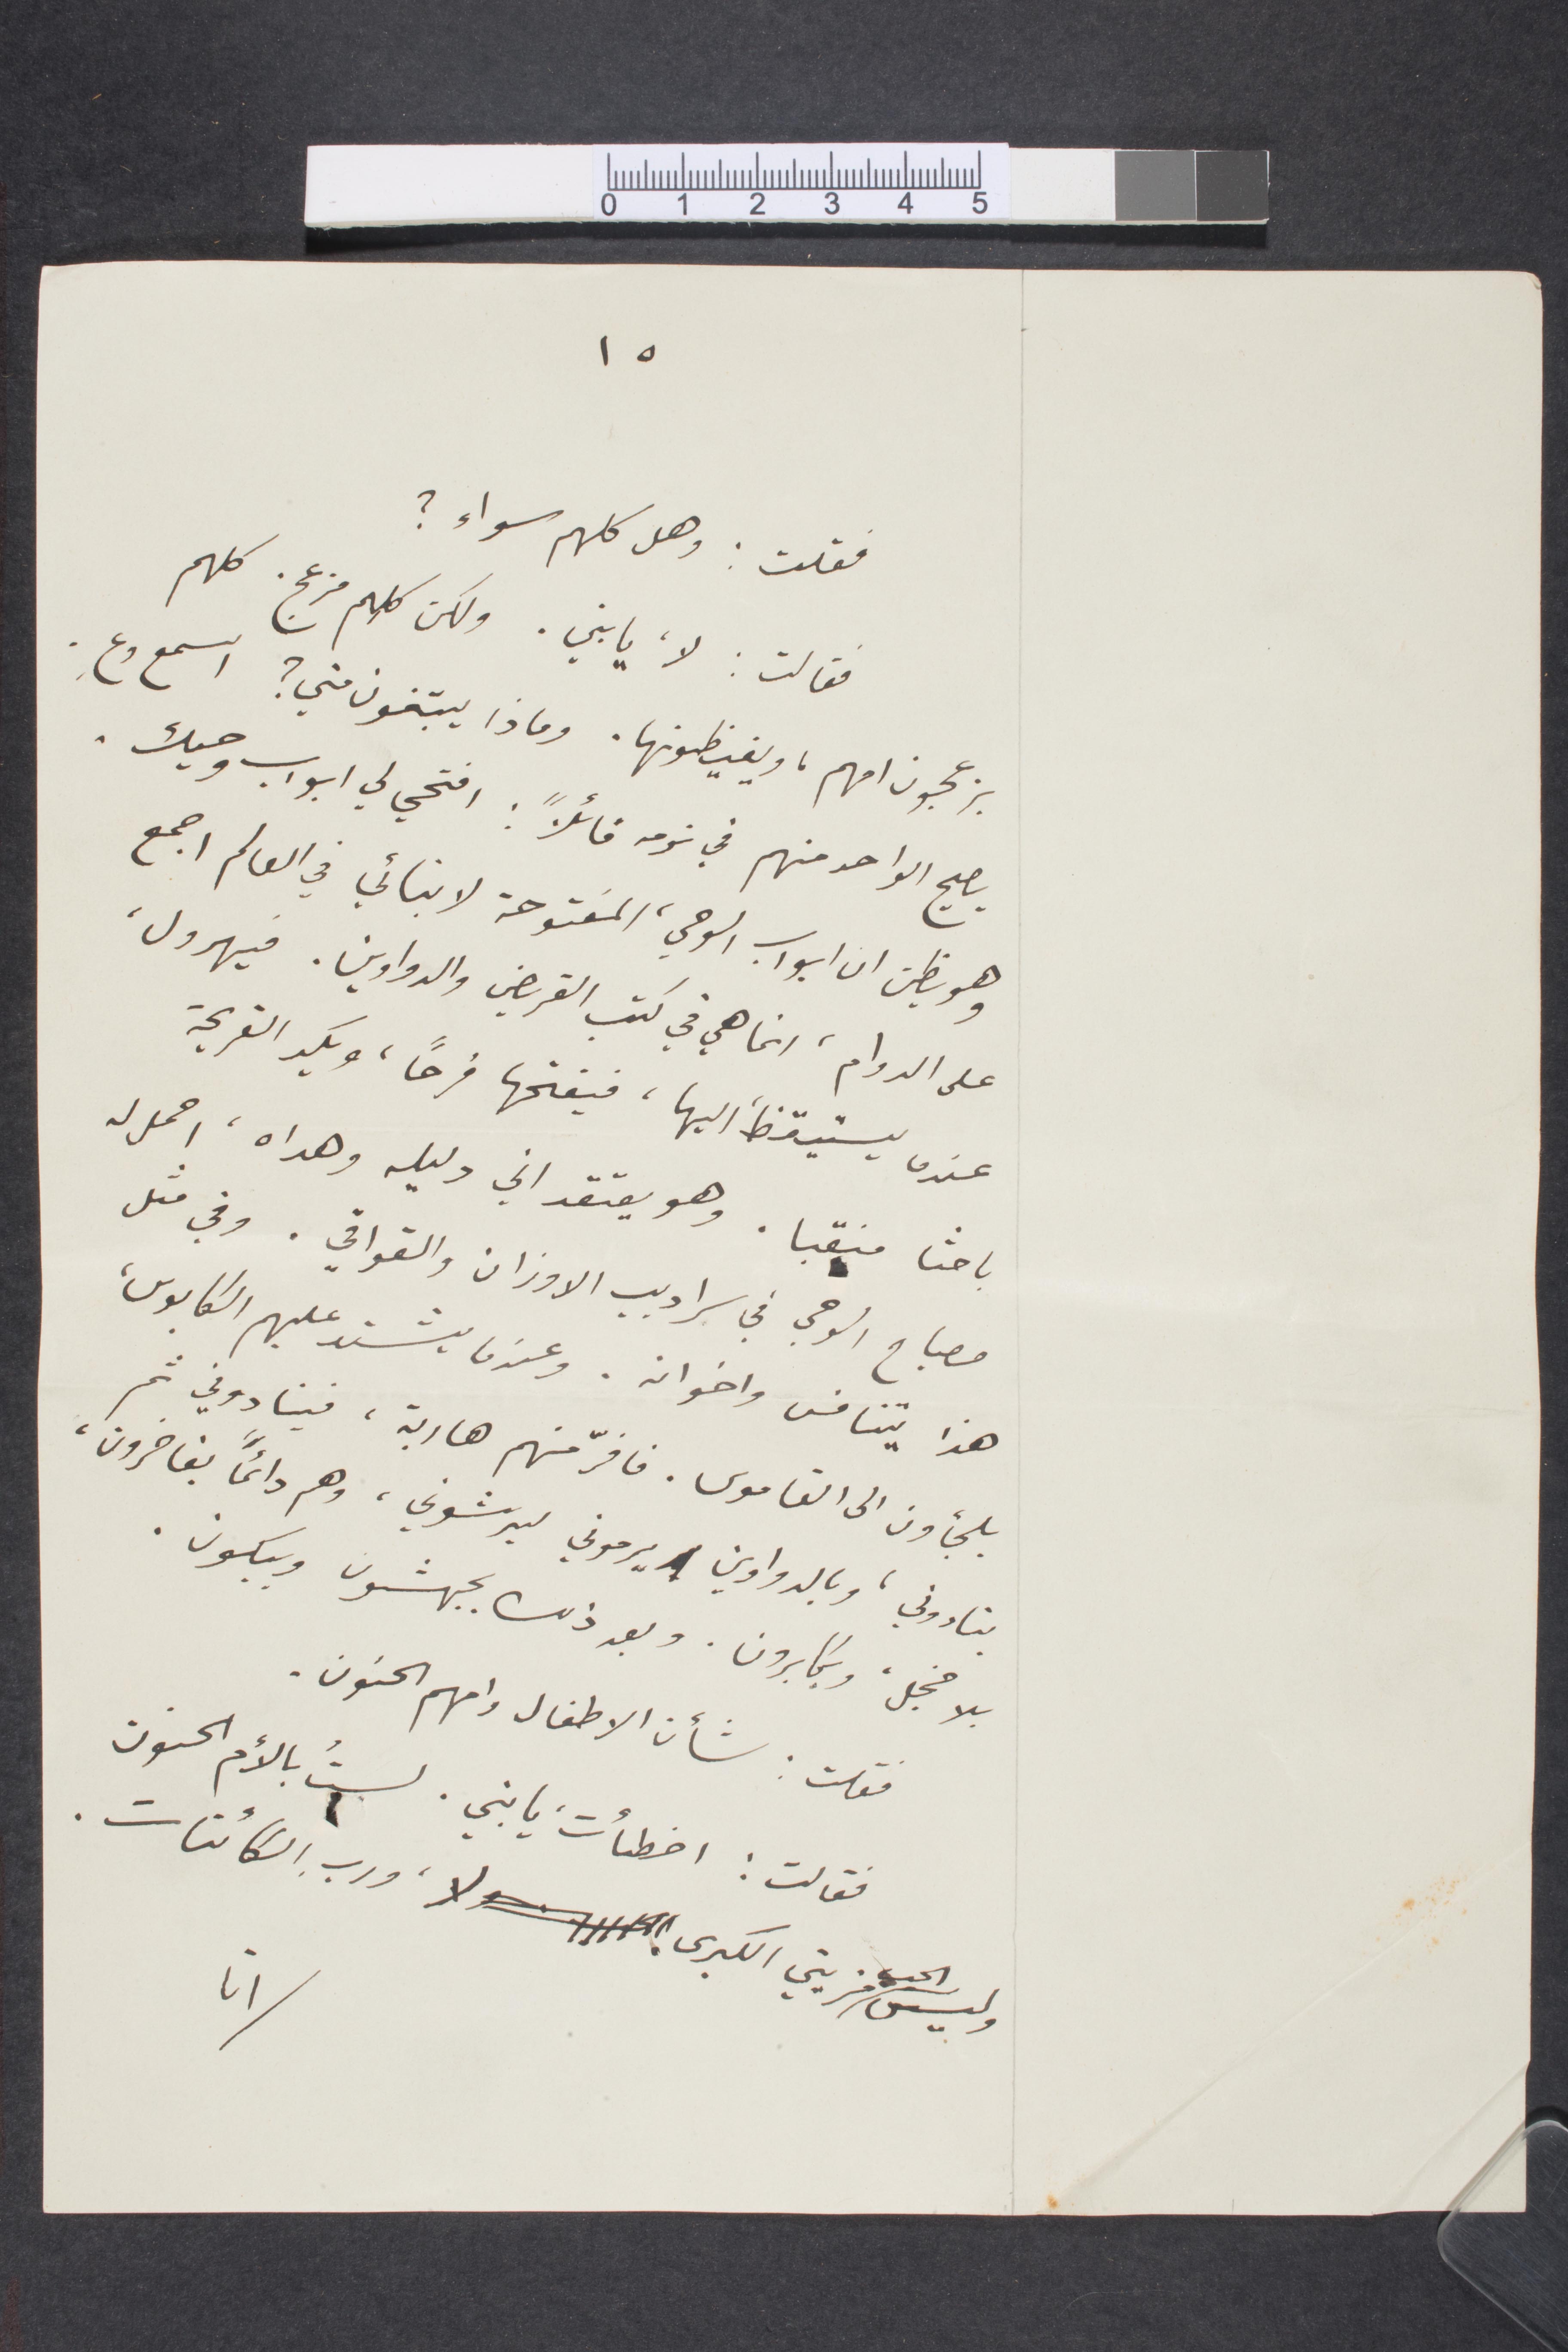
فقلت: وهل كلهم سواء؟
فقالت: لا يا بني. ولكن كلهم مزعجين. كلهم
يزعجون امهم، ويغيظونها. وماذا يبتغون مني؟ اسمع وعِ
يصيح الواحد منهم في نومه قائلًا: امحي لي أبواو وحيك.
وهو يظن أن أبواب الوحي، مفتوحة لابنائي في العالم أجمع
على الدوام، انما هي في كتب القريض والدواوين. فيهرول،
عندما يستيقظ اليها، فيفتحها فرحًا، ويكد القريحة،
باحثًا منقبًا. وهو يعتقد اني وليله وهدا، احمل له
مصباح الوحي في سراديب الأوزان والقوافي. وفي مثل
هذا يتنافس اخوانه. وعندما يشتد عليهم الكابوس،
يلجأون إلى القاموس. فافرّ منهم هاربة، فينادوني ثم،
ينادوني، وبالدواوين يرموني ليرشوني، وهم دائمًا يفاخرون،
بلا خجل، ويكابرون. وبعد ذلك يجهشون ويبكون.
فقلت: شأن الأطفال وامهم الحنون
فقالت: أخطأت يا بني. لست بالام الحنون
انا
وليس الحب قضيتي الكبرى لا ورب الكائنات.
١٥